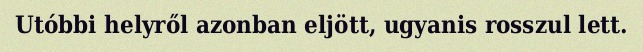
Utóbbi helyről azonban eljött, ugyanis rosszul lett.